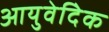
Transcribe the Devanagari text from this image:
आयुवेदिेक